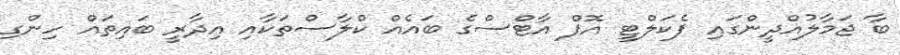
ބާ ޖަމާލުއްދީންގައި ފެކަލްޓީ އޮފް އާޓްސްގެ ބައެއް ކްލާސްތަކާއި އިދާރީ ބައިތައް ހިންގި